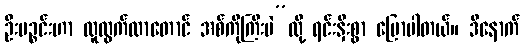
ဦးပဉ္စင်းဟာ လူထွက်လာတောင် အစ်ကိုကြီးပဲ”လို့ ရင်းနှီးစွာ ပြောပါတယ်။ ဒီနောက်